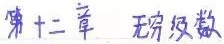
第十二章 无穷级数